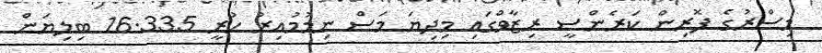
މިސްރުގެ ފޮރިން ކަރެންސީ ރިޒާވްގައި މިދިޔަ މަސް ނިމުމުއިރު ހުރީ 16.335 ބިލިޔަން